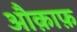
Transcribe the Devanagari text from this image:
औक़ाफ़